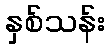
နှစ်သန်း